Madras plague regulations in force outside the Presidency town - Volume 3
Disease focus: Plague
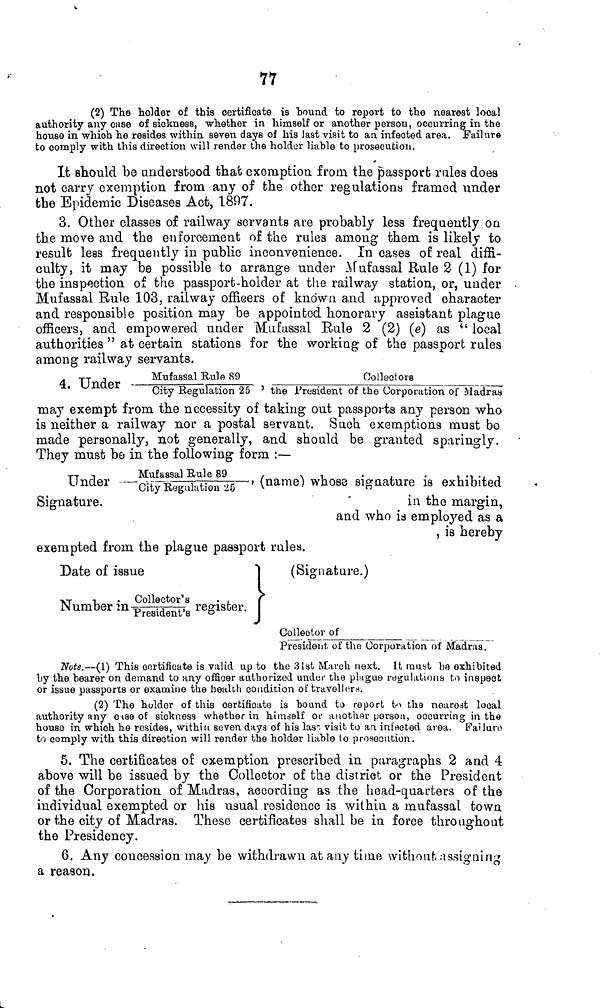
77
(2) The holder of this certificate ia bound to report to the nearest local
authority any case of sickness, whether in himself or another person, occurring in the
house in which he resides within seven days of his last visit to an infected area. Failure
to comply with this direction will render the holder liahle to prosecution.
It should be understood that exemption from the passport rules does
not carry exemption from any of the other regulations framed under
the Epidemic Diseases Act, 1897.
3. Other classes of railway servants are probably less frequently on
the move and the enforcement of the rules among them is likely to
result less frequently in public inconvenience. In cases of real diffi-
culty, it may be possible to arrange under Afufassal Rule 2 (1) for
the inspection of the passport-holder at the railway station, or, under
Mufassal Eule 103, railway officers of known a,nd approved character
and responsible position may be appointed honorary assistant plague
officers, and empowered under Mufassal Rule 2 (2) (e) as " local
authorities " at certain stations for the working of the passport rules
among railway servants.
jj -,
Mufassal Rule 89
Collectors
City Regulation 25 ' the President of the Corporation of Madras
may exempt from the necessity of taking out passports any person who
is neither a railway nor a postal servant. Such exemptions must bo
made personally, not generally, and should be granted sparingly.
They must be in the following form :—
TT
n
Mufassal Bule 89
,
\ v
•
L
•
L-i -L j
Under -- C HyRegaktion 25 '' ( name^ Wû088 stature 18 exhibited
Signature.
'
in the margin,
and who is emploj^ed as a
, is hereby
exempted from the plague passport rules.
Date of issue
~j
Number m president , e register. |
(Signature.)
Collector of
President of the Corporation of Madras.
Note.—(1) This certificate is valid up to the 31st March next. It must be exhibited
by the bearer on demand to any officer authorized under the plague regulations to inspect
or issue passports or examine the health condition of travellorn.
(2) The holder of this certificate is bound to report to the nearest local
authority any otse of sickness whether in himself or another person, occurring in the
house in which he resides, within seven days of his las'-, visit to aa infected area. Failure
to comply with this direction will render the holder liable Io prosecution.
5. The certificates of exemption prescribed in paragraphs 2 and 4
above will be issued by the Collector of the district or the President
of the Corporation of Madras, according as the head-quarters of the
individual exempted or his usual residence is within a mufassal town
or the city of Madras. These certificates shall be in force throughout
the Presidency.
6. Any concession may be withdrawn at any time without assigning
a reason.